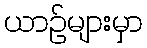
ယာဉ်များမှာ